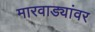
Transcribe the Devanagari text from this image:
मारवाड्यांवर